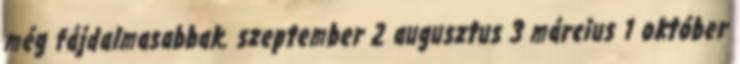
még fájdalmasabbak. szeptember 2 augusztus 3 március 1 október